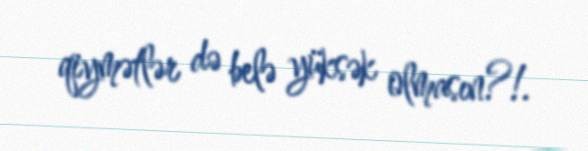
qiymətlər də belə yüksək olmasın?!.